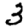
Digit: 3